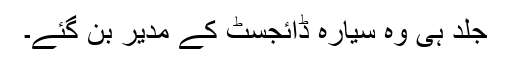
جلد ہی وہ سیارہ ڈائجسٹ کے مدیر بن گئے۔